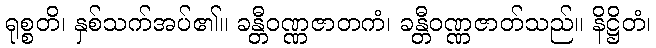
ရုစ္စတိ၊ နှစ်သက်အပ်၏။ ခန္တီဝဏ္ဏဇာတကံ၊ ခန္တီဝဏ္ဏဇာတ်သည်။ နိဋ္ဌိတံ၊